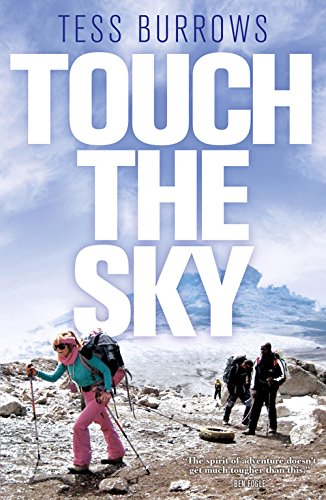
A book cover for Touch the Sky; Tess Burrows; Travel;